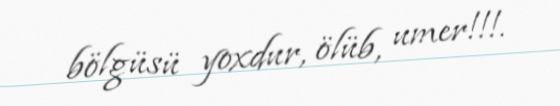
bölgüsü yoxdur, ölüb, umer!!!.